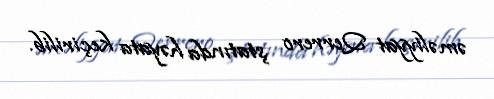
əməliyyat Qerrero ştatında həyata keçirilib.